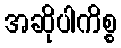
အဆိုပါကိစ္စ